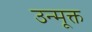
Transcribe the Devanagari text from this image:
उन्मूक्त